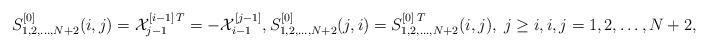
LaTeX: \begin{align*}\begin{aligned} S_{1,2,\dots,N+2}^{[0]}(i,j)&=\mathcal X^{[i-1]\,T}_{j-1}=-\mathcal X^{[j-1]}_{i-1},S_{1,2,\dots,N+2}^{[0]}(j,i)=S_{1,2,\dots,N+2}^{[0]\,T}(i,j),\;j\ge i,i,j=1,2,\dots,N+2,\\ \end{aligned}\end{align*}